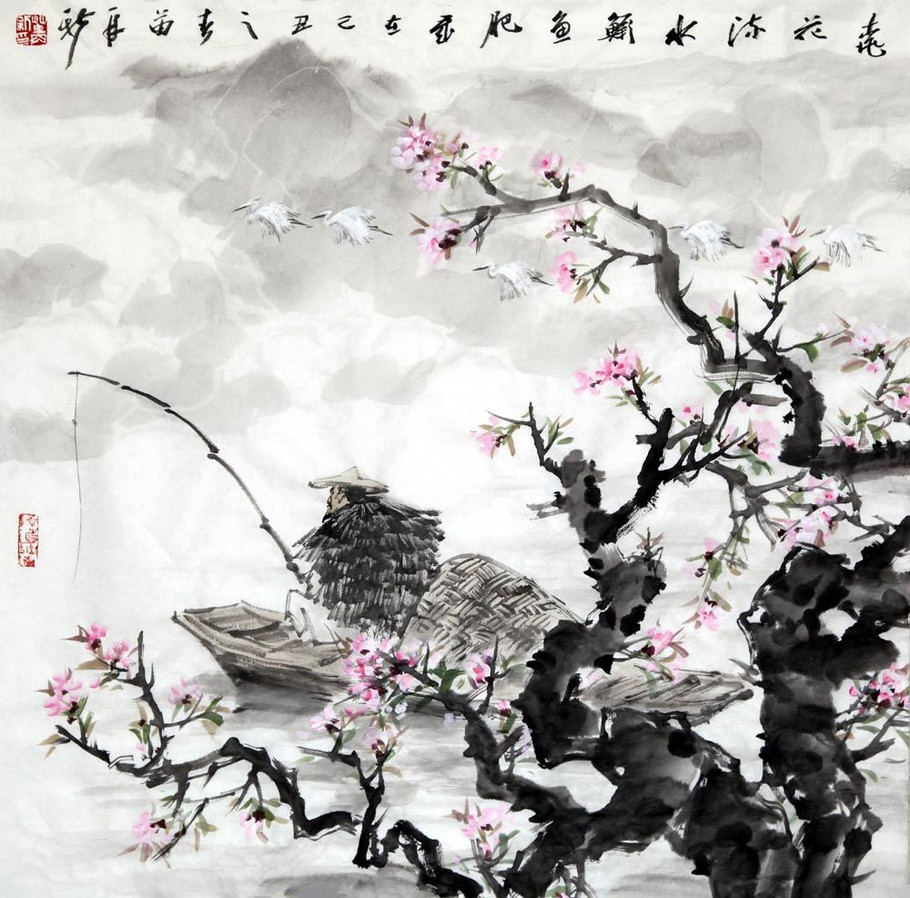
西塞山前白鹭飞，桃花流水鳜鱼肥。